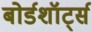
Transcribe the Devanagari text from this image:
बोर्डशॉर्ट्स